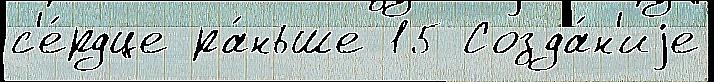
с'е́рдце ра́ньше 15 Созда́н'иjе